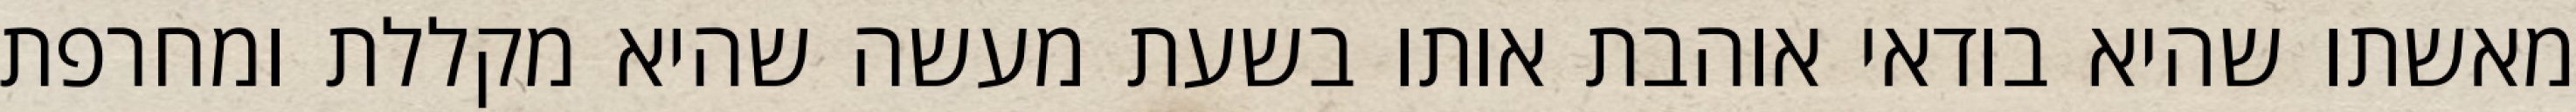
מאשתו שהיא בודאי אוהבת אותו בשעת מעשה שהיא מקללת ומחרפת